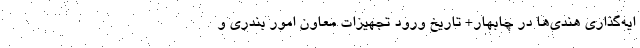
ایه‌گذاری هندی‌ها در چابهار+ تاریخ ورود تجهیزات معاون امور بندری و